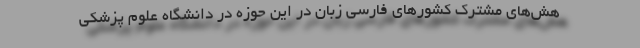
هش‌های مشترک کشورهای فارسی زبان در این حوزه در دانشگاه علوم پزشکی